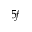
5 f